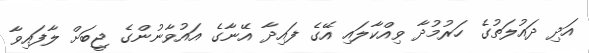
އަދި ދައުލަތުގެ ހަރުމުދާ ވިއްކާލައި އޭގެ ފައިދާ އޭނާގެ އައުވާނުންގެ ޖީބަށް ލާފައިވާ